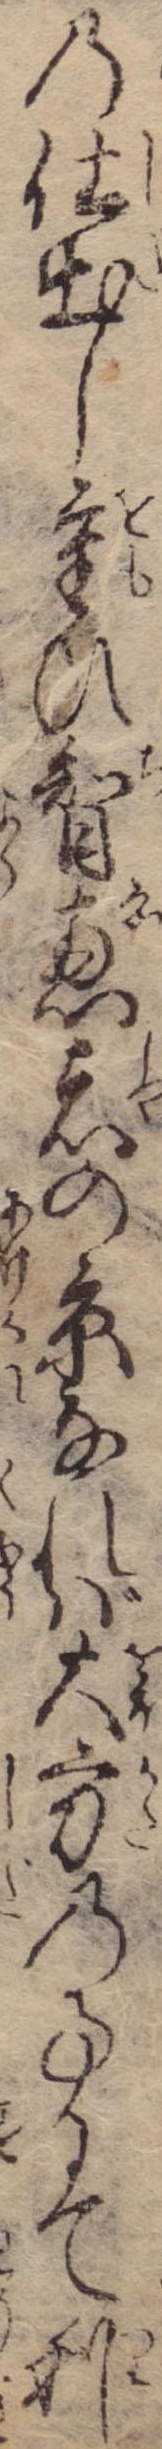
の仕出し重ひ智恵者の京なれば大方の事にて利